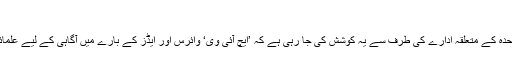
‘‘
نیشنل ایڈز کنٹرول پروگرام اور اقوام متحدہ کے متعلقہ ادارے کی طرف سے یہ کوشش کی جا رہی ہے کہ ’ایچ آئی وی‘ وائرس اور ایڈز کے بارے میں آگاہی کے لیے علمائے دین سے بھی مدد حاصل کی جائے۔